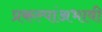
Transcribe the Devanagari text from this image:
प्रकल्पांअभावी